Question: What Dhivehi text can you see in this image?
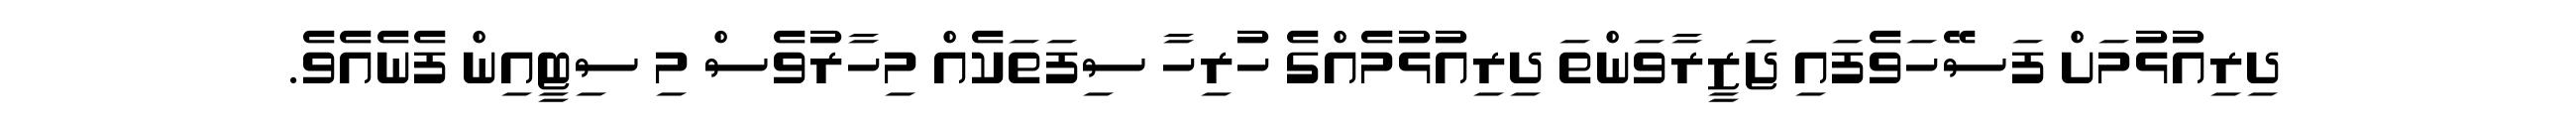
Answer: ދިރިއުޅުމަށް ފަސޭހަވެފައި ޖަޒީރާވަންތަ ދިރިއުޅުމެއްގެ ހުރިހާ ސިފަތަކެއް މިހާރުވެސް މި ސިޓީއިން ފެނެއެވެ.